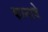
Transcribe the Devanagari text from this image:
कानावे